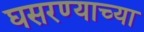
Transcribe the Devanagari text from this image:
घसरण्याच्या